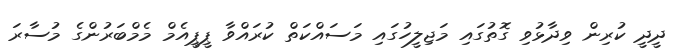
ދީދީ ކުރިން ވިދާޅުވި ގޮތުގައި މަޖިލީހުގައި މަސައްކަތް ކުރައްވާ ޕީޕީއެމް މެމްބަރުންގެ މުސާރަ